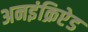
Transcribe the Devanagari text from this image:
अनइंक्रिप्टेड